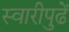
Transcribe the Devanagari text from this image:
स्वारीपुढें